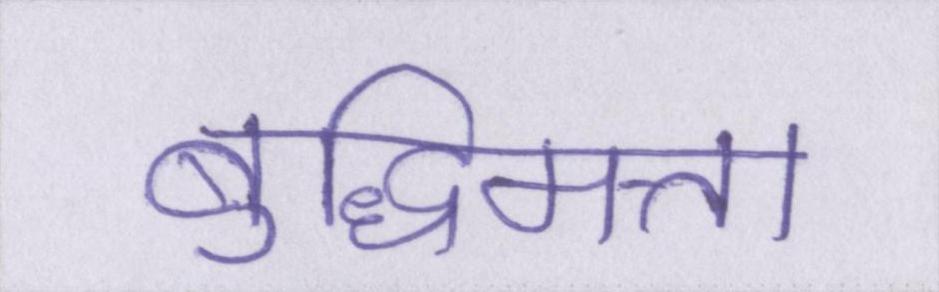
बुद्धिमत्ता